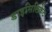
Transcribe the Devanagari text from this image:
डाइसिलिकेट